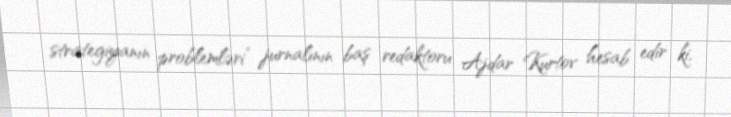
strategiyanın problemləri” jurnalının baş redaktoru Ajdar Kurtov hesab edir ki,